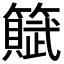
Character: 𫂩